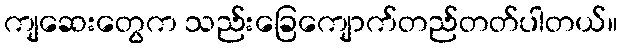
ကျဆေးတွေက သည်းခြေကျောက်တည်တတ်ပါတယ်။